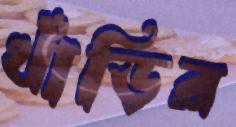
খাঁড়ির